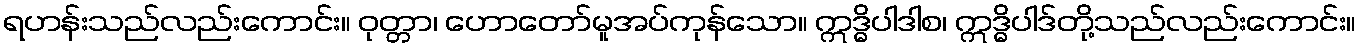
ရဟန်းသည်လည်းကောင်း။ ဝုတ္တာ၊ ဟောတော်မူအပ်ကုန်သော။ ဣဒ္ဓိပါဒါစ၊ ဣဒ္ဓိပါဒ်တို့သည်လည်းကောင်း။